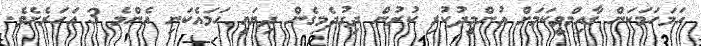
ހަމަހަމަކަން ގާއިމްވީކަމަށް އުންމީދުކުރި ކުރުން ދިގުދެމިގެން ދިޔައީ ހަމައެކަނި އެންމެ 3 އަހަރެށެވެ.